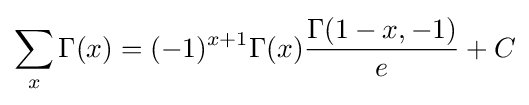
\sum _{x}\Gamma (x)=(-1)^{x+1}\Gamma (x){\frac {\Gamma (1-x,-1)}{e}}+C